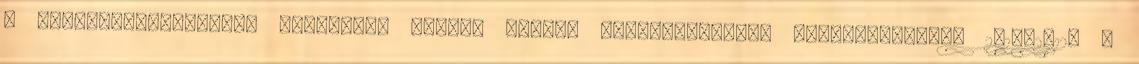
A képviselő-testület nyilvános ülésen hozott határozatainak nyilvántartása 2010-2012. A